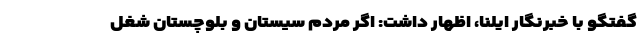
گفتگو با خبرنگار ایلنا، اظهار داشت: اگر مردم سیستان و بلوچستان شغل